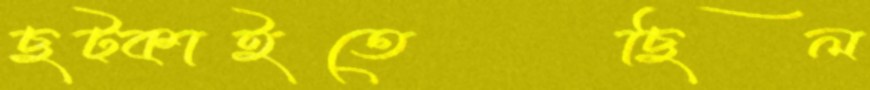
ছট্‌কাইতেছিল